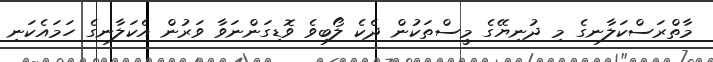
މާތްރަސްކަލާނގެ މި ދުނިޔޭގެ މީސްތަކުން ދެކެ ލޯބިވެ ވޮޑިގަންނަވާ ވަރުން އެކަލާނގެ ހަމައެކަނި